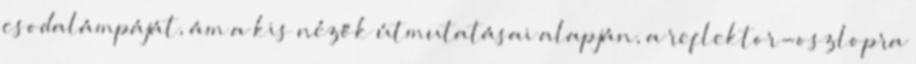
csodalámpáját, ám a kis nézők útmutatásai alapján, a reflektor-oszlopra